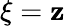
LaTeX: \xi=\mathbf{z}